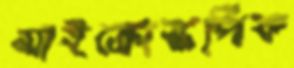
মাইক্রোস্কপিক